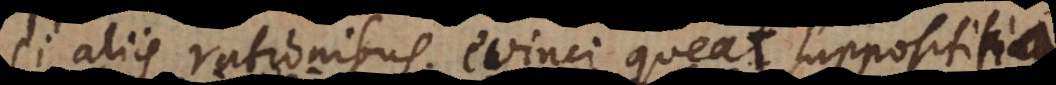
si aliis rationibus evinci queat supposititiam